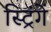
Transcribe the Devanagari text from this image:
स्ट्रिंगें